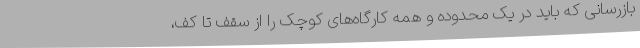
بازرسانی که باید در یک محدوده و همه کارگاه‌های کوچک را از سقف تا کف،